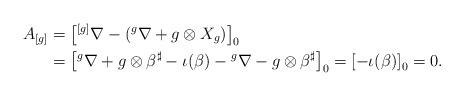
LaTeX: \begin{align*}A_{[g]}&=\left[{}^{[g]}\nabla-\left({}^g\nabla+g\otimes X_g\right)\right]_0\\&=\left[{}^g\nabla+g\otimes \beta^{\sharp}-\iota(\beta)-{}^g\nabla-g\otimes \beta^{\sharp}\right]_0=\left[-\iota(\beta)\right]_0=0.\end{align*}